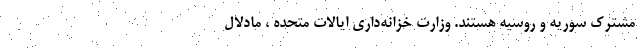
مشترک سوریه و روسیه هستند. وزارت خزانه‌داری ایالات متحده ، مادلال